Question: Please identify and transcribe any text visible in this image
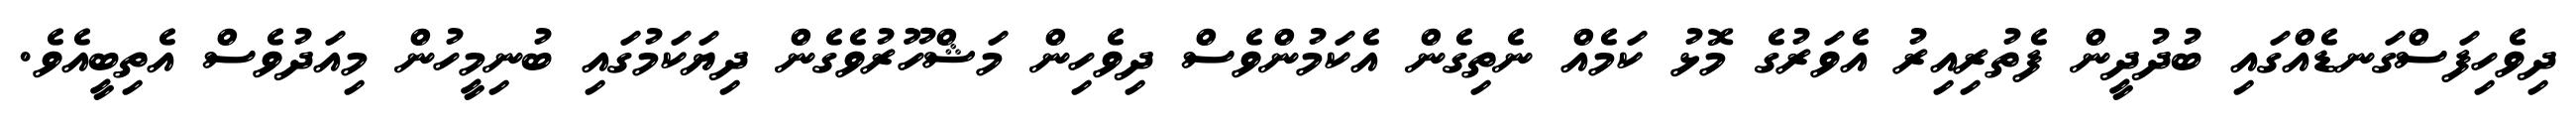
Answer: ދިވެހިފަސްގަނޑެއްގައި ބުދުދީން ފެތުރިއިރު އެވަރުގެ މޮޅު ކަމެއް ނެތިގެން އެކަމުންވެސް ދިވެހިން މަޝްހޫރުވެގެން ދިޔަކަމުގައި ބުނިމީހުން މިއަދުވެސް އެތިބީއެވެ.